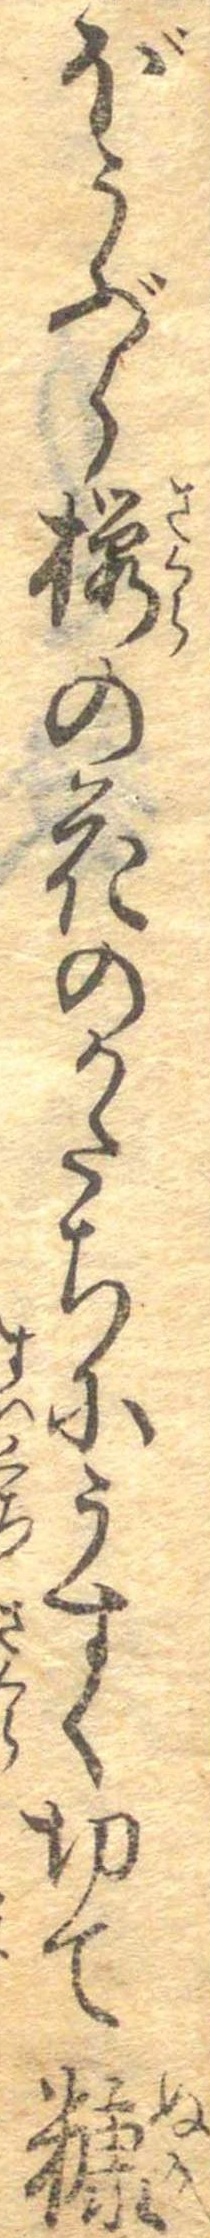
ぼうぶら桜の花のかたちにうすく切て糠